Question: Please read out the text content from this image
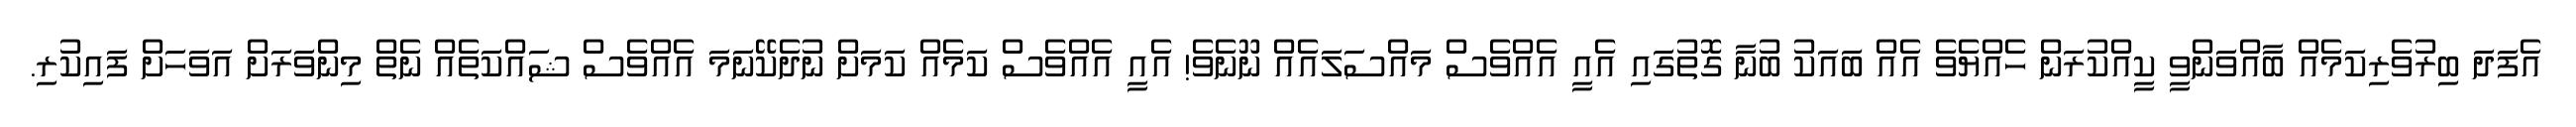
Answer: އެފަދަ ބިރުވެރިކަމެއް ބާއްވަންވީ ކީއްކުރަން ހެއްޔެވެ އެއް ބައަކު ބުނާ ގޮތުގައި އެއީ އެއްވެސް މައްސަލައެއް ނޫނެވެ! އެއީ އެއްވެސް ކަމެއް ކަމަށް ނުދެކޭނަމަ އެއްވެސް ޝައްކަތެއް ނެތް މިންވަރަށް އަވަހަށް ފައިކުރި.